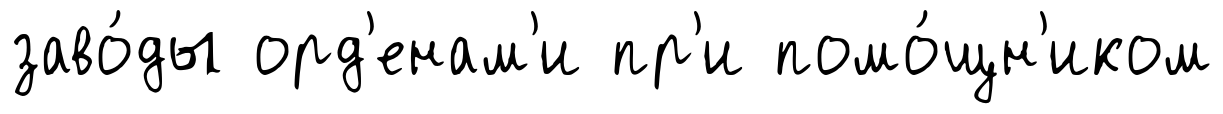
заво́ды орд'енам'и пр'и помо́щн'иком